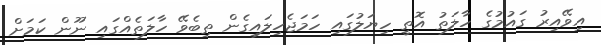
އިވޭއިރު ގައުމުގެ ހާލަތު އޮތީ ހިޔަލުގައި ހަމަޖެހިލައިގެން ތިބެވޭ ހާލަތެއްގައި ނޫން ކަމަށް